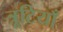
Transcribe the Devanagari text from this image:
त्रूटियाँ